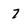
Character: 7